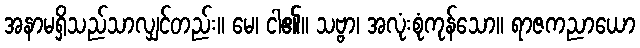
အနာမရှိသည်သာလျှင်တည်း။ မေ၊ ငါ၏။ သဗ္ဗာ၊ အလုံးစုံကုန်သော။ ရာဇကညာယော